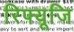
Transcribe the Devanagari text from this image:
रिफ्यूजि